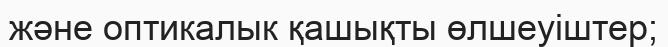
және оптикалык қашықты өлшеуіштер;